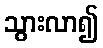
သွားလာ၍